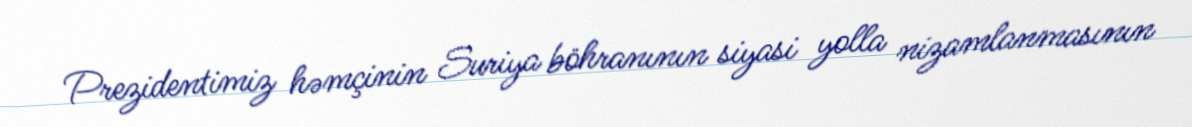
Prezidentimiz həmçinin Suriya böhranının siyasi yolla nizamlanmasının